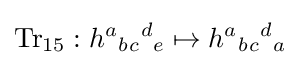
\mathrm {Tr} _{15}:h{}^{a}{}_{b}{}_{c}{}^{d}{}_{e}\mapsto h{}^{a}{}_{b}{}_{c}{}^{d}{}_{a}